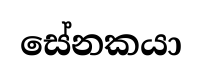
සේනකයා